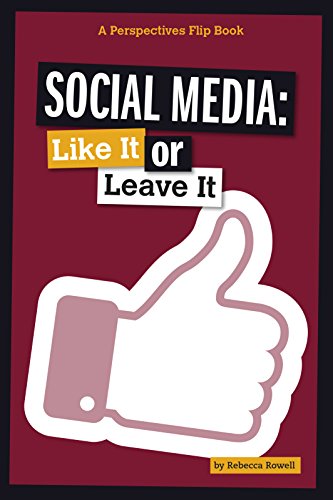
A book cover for Social Media: Like It or Leave It (Perspectives Flip Books: Issues); Rebecca Rowell; Children's Books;